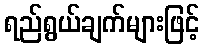
ရည်ရွယ်ချက်များဖြင့်